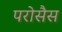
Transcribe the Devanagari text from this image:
परोसैस